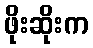
ဖိုးဆိုးက